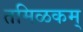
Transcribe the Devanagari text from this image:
तमिळकम्‌